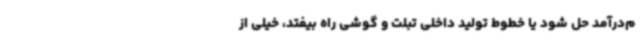
م‌درآمد حل شود یا خطوط تولید داخلی تبلت و گوشی راه بیفتد، خیلی از